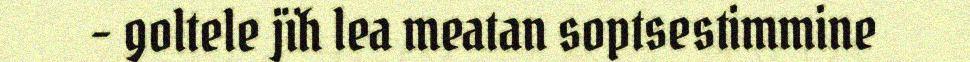
- goltele jïh lea meatan soptsestimmine